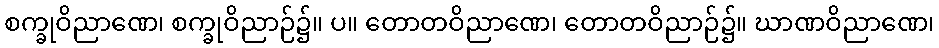
စက္ခုဝိညာဏေ၊ စက္ခုဝိညာဉ်၌။ ပ။ တောတဝိညာဏေ၊ တောတဝိညာဉ်၌။ ဃာဏဝိညာဏေ၊